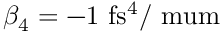
\beta _ { 4 } = - 1 ~ \mathrm { f s ^ { 4 } / \ m u m }